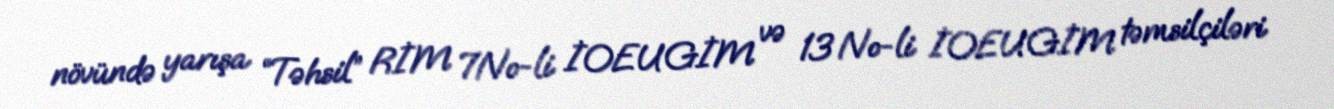
növündə yarışa “Təhsil” RİM 7№-li İOEUGİM və 13 №-li İOEUGİM təmsilçiləri